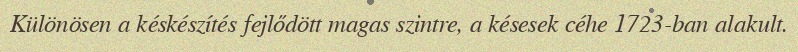
Különösen a késkészítés fejlődött magas szintre, a késesek céhe 1723-ban alakult.